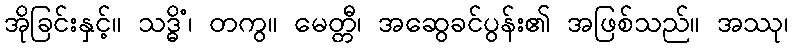
အိုခြင်းနှင့်။ သဒ္ဓိံ၊ တကွ။ မေတ္တီ၊ အဆွေခင်ပွန်း၏ အဖြစ်သည်။ အဿု၊